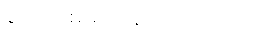
ခင်ဗျား စားတာနည်းလိုက်တာ။